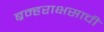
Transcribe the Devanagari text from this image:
ब्रम्हराक्षसाची